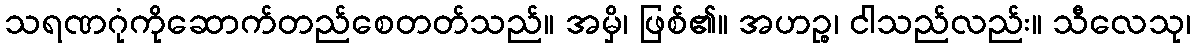
သရဏဂုံကိုဆောက်တည်စေတတ်သည်။ အမှိ၊ ဖြစ်၏။ အဟဉ္စ၊ ငါသည်လည်း။ သီလေသု၊